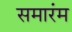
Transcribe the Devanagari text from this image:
समारंम